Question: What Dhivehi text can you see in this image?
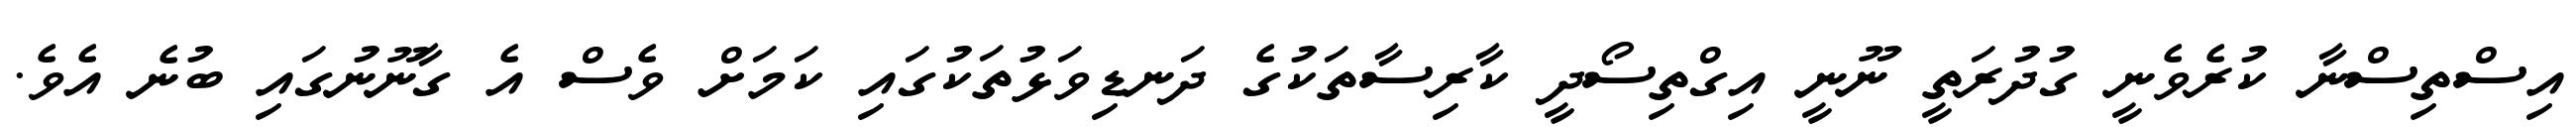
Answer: އިސްތިސްނާ ކުރެވެނީ ގުދުރަތީ ނޫނީ އިގްތިސޯދީ ކާރިސާތަކުގެ ދަނޑިވަޅުތަކުގައި ކަމަށް ވެސް އެ ގާނޫނުގައި ބުނެ އެވެ.